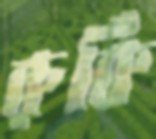
রুর্কি